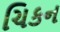
ચિકન